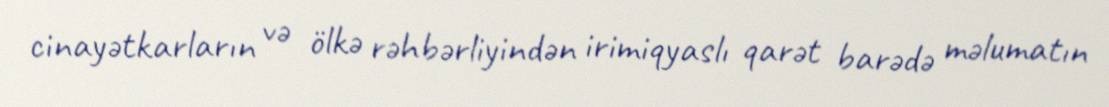
cinayətkarların və ölkə rəhbərliyindən irimiqyaslı qarət barədə məlumatın